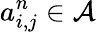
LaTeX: a_{i,j}^{n}\in\mathcal A